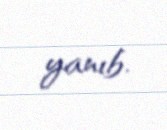
yanıb.